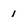
Character: 1